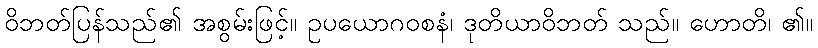
ဝိဘတ်ပြန်သည်၏ အစွမ်းဖြင့်။ ဥပယောဂဝစနံ၊ ဒုတိယာဝိဘတ် သည်။ ဟောတိ၊ ၏။